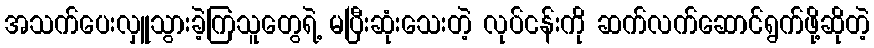
အသက်ပေးလှူသွားခဲ့ကြသူတွေရဲ့ မပြီးဆုံးသေးတဲ့ လုပ်ငန်းကို ဆက်လက်ဆောင်ရွက်ဖို့ဆိုတဲ့